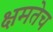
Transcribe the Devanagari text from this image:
क्षमतेच